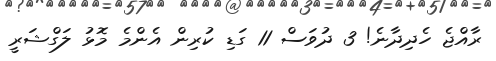
ރާއްޖެ ހެދިދާނެ! 3 ދުވަސް 11 ގަޑި ކުރިން އެންމެ މޮޅު ލަގްޝަރީ